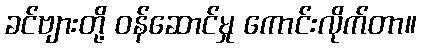
ခင်ဗျားတို့ ဝန်ဆောင်မှု ကောင်းလိုက်တာ။